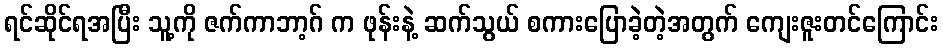
ရင်ဆိုင်ရအပြီး သူ့ကို ဇက်ကာဘာ့ဂ် က ဖုန်းနဲ့ ဆက်သွယ် စကားပြောခဲ့တဲ့အတွက် ကျေးဇူးတင်ကြောင်း